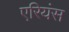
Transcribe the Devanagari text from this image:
एरियंस